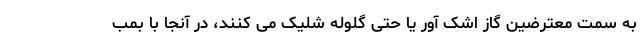
به سمت معترضین گاز اشک آور یا حتی گلوله شلیک می کنند، در آنجا با بمب